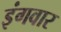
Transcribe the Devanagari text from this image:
इंगवार